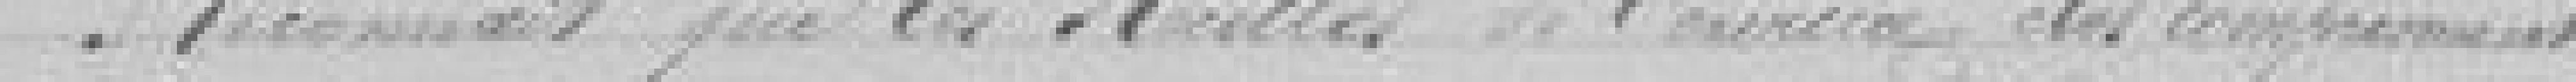
Reconnait que les recettes de l'exercice les comprennent